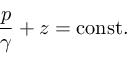
{ \frac { p } { \gamma } } + z = \mathrm { c o n s t } .